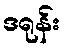
ဒရုန်း